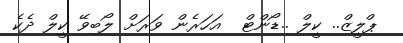
ޕްލީޒް.. ކީލް ..ޑޯންޓް  އަހަރެން ވަރަށް ލޯބިވޭ ކީލް ދެކެ